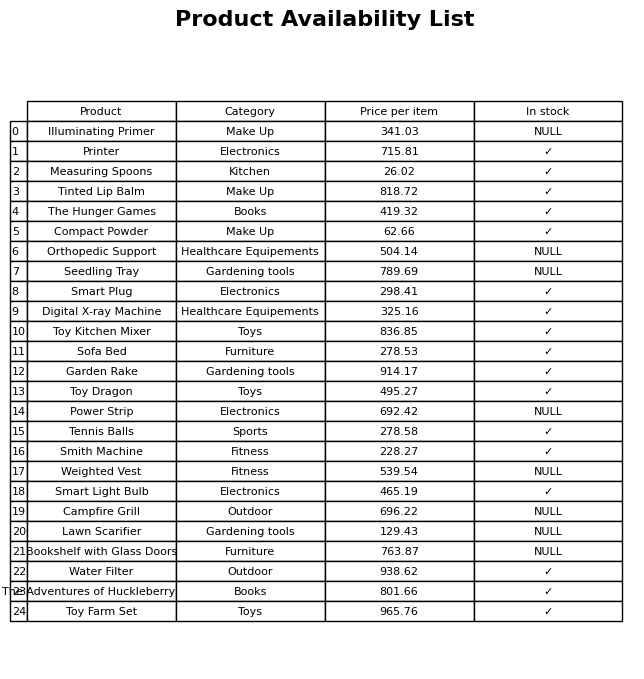
question: What is the stock status of the Smith Machine?
answer: ✓